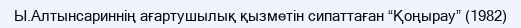
Ы.Алтынсариннің ағартушылық қызметін сипаттаған “Қоңырау” (1982)